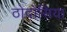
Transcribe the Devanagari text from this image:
ठोदोसिया